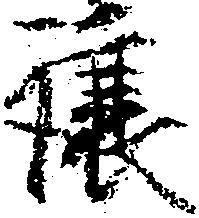
譲